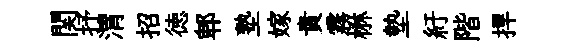
関抒渭招徳郫塾嫁貴霧楙墊紆階捍